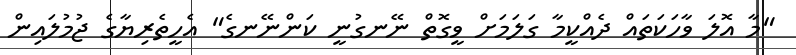
"މާ އޮލަ ވާހަކަތައް ދެއްކީމާ ގަލަމަށް ވީގޮތް ނޭނގުނީ ކަންނޭނގެ" އެހީތެރިޔާގެ ޖުމުލައިން